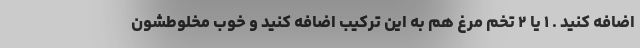
اضافه کنید . ۱ یا ۲ تخم مرغ هم به این ترکیب اضافه کنید و خوب مخلوطشون